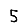
Digit: 5